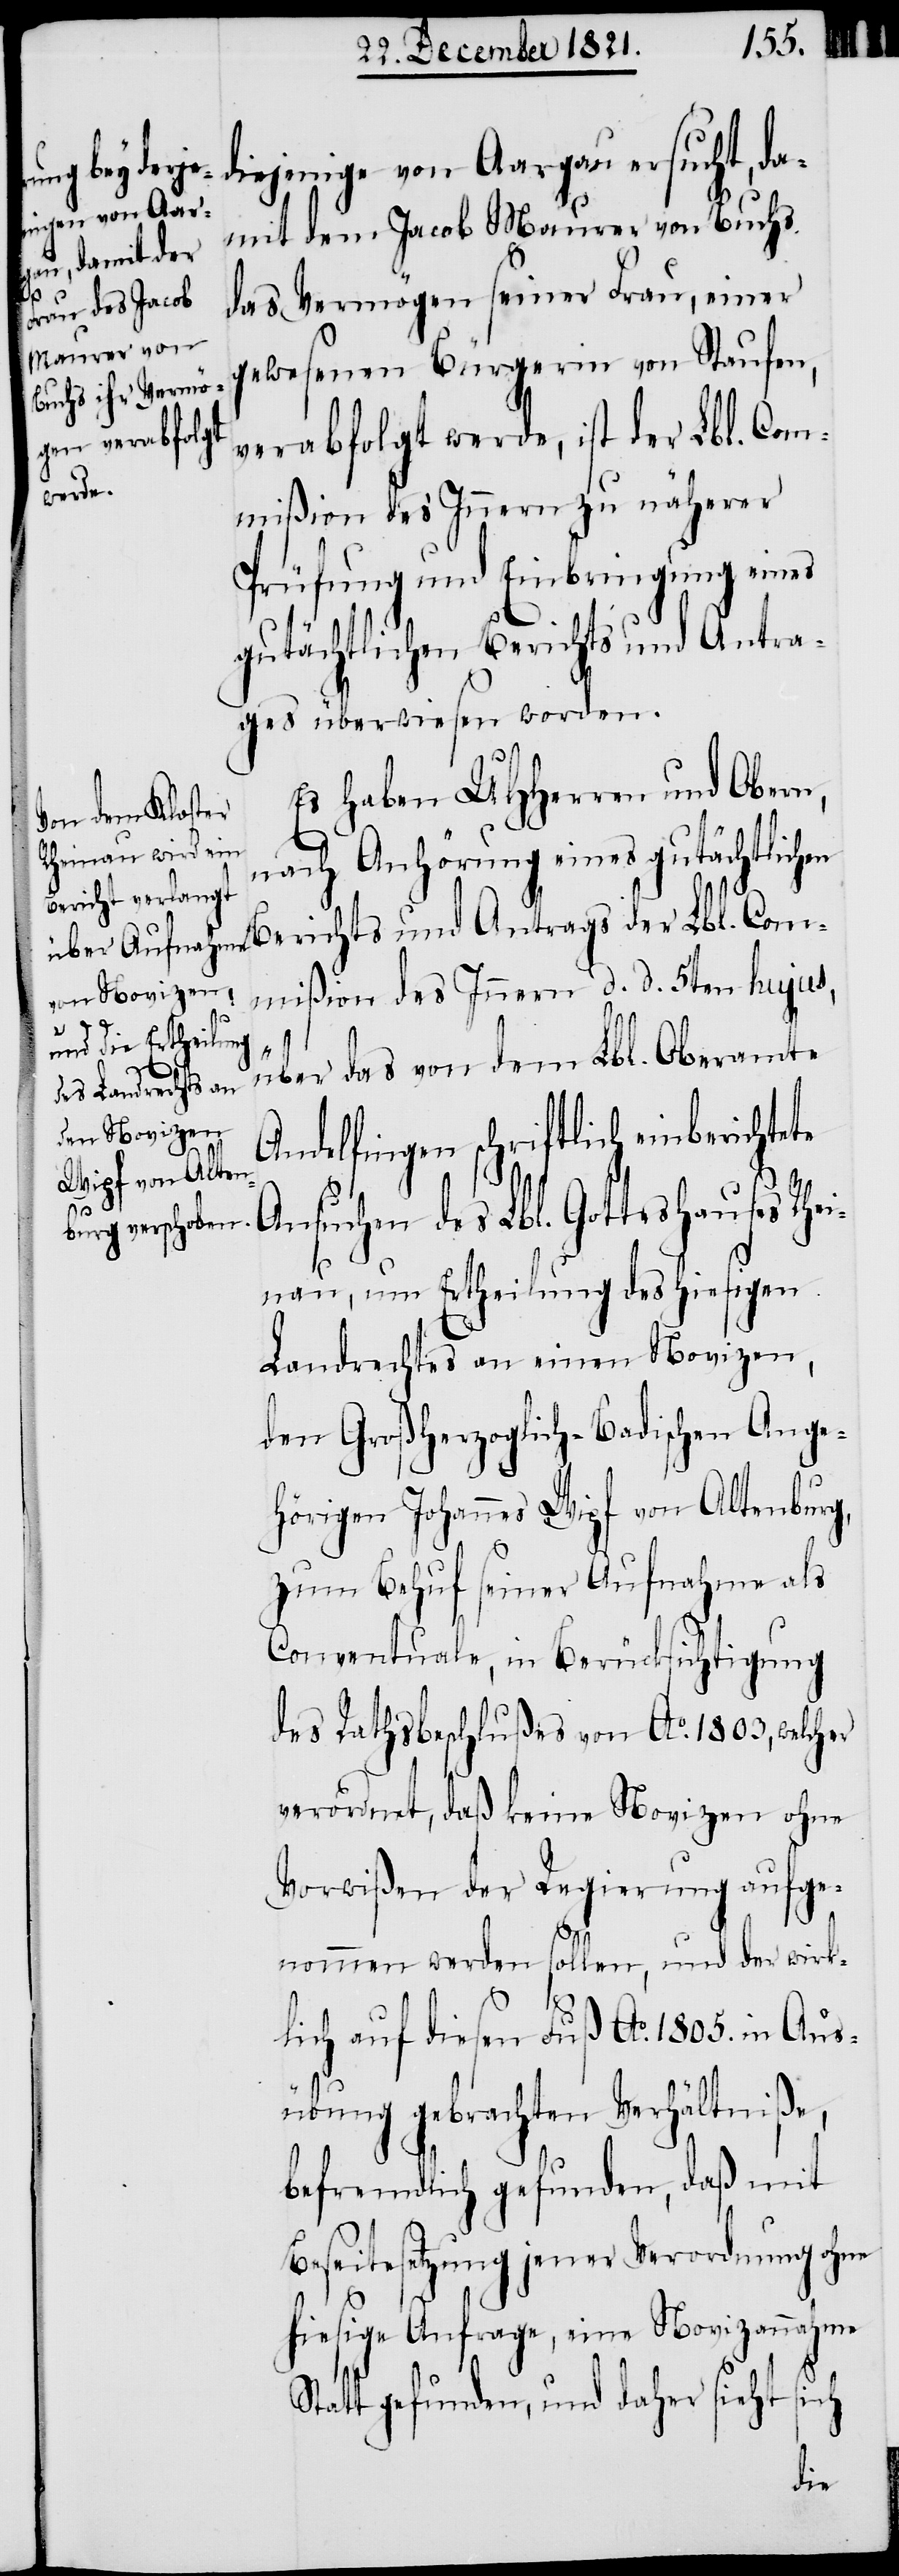
diejenige von Aargau ersucht, da¬
mit dem Jacob Maurer von Buchs
das Vermögen seiner Frau, einer
gewesenen Bürgerin von Staufen,
verabfolgt werde, ist der Lbl. Com¬
mißion des Innern zu näherer
Prüfung und Einbringung eines
gutächtlichen Berichts und Antra¬
ges überwiesen worden.
Es haben UHHerren und Obern,
nach Anhörung eines gutächtlich¬
en Berichts und Antrags der Lbl. Com¬
mißion des Innern d. d. 5ten hujus,
über das von dem Lbl. Oberamte
Andelfingen schriftlich einberichte¬
te
Ansuchen des Lbl. Gotteshauses Rhei¬
nau, um Ertheilung des hiesigen
Landrechtes an einen Novizen,
den Großherzoglich-Badischen Ange¬
hörigen Johannes Wipf von Altenburg,
zum Behuf seiner Aufnahme als
Conventuale, in Berücksichtigung
des Rathsbeschlußes von Ao. 1803, welcher
verordnet, daß keine Novizen ohne
Vorwißen der Regierung aufge¬
nommen werden sollen, und der wirk¬
lich auf diesen Fuß Ao. 1805. in Aus¬
übung gebrachten Verhältniße,
befremdlich gefunden, daß mit
Beseitesetzung jener Verordnung ohne
hiesige Anfrage, eine Novizannahme
Statt gefunden, und daher sieht sich